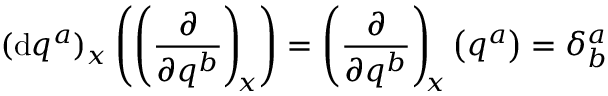
( \mathrm { d } q ^ { a } ) _ { x } \left( \left( \frac { \partial } { \partial { q } ^ { b } } \right) _ { \negmedspace x } \right) = \left( \frac { \partial } { \partial { q } ^ { b } } \right) _ { \negmedspace x } \left( q ^ { a } \right) = \delta _ { b } ^ { a }